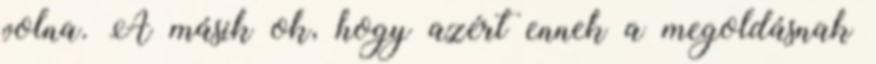
volna. A másik ok, hogy azért ennek a megoldásnak